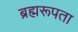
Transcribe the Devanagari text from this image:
ब्रह्मरूपता